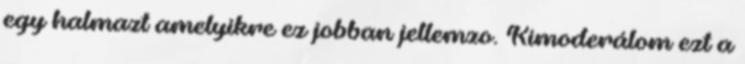
egy halmazt amelyikre ez jobban jellemzo. Kimoderálom ezt a